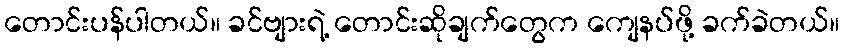
တောင်းပန်ပါတယ်။ ခင်ဗျားရဲ့ တောင်းဆိုချက်တွေက ကျေနပ်ဖို့ ခက်ခဲတယ်။